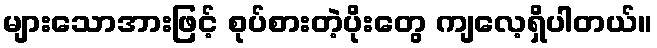
များသောအားဖြင့် စုပ်စားတဲ့ပိုးတွေ ကျလေ့ရှိပါတယ်။